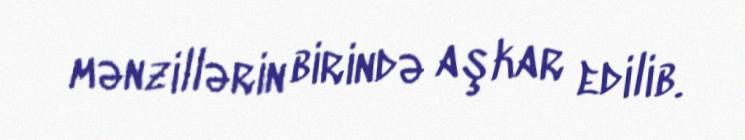
mənzillərin birində aşkar edilib.